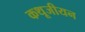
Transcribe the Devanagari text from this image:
कथूजीयन